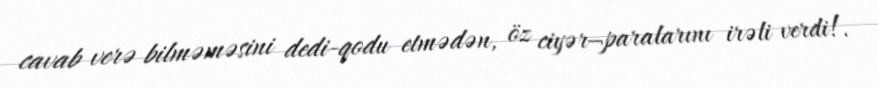
cavab verə bilməməsini dedi-qodu etmədən, öz ciyər¬paralarını irəli verdi!.